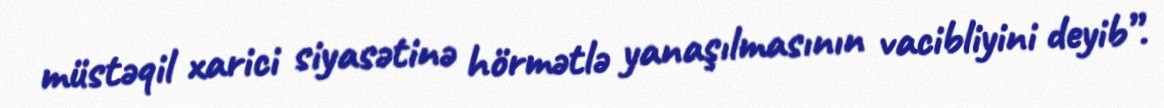
müstəqil xarici siyasətinə hörmətlə yanaşılmasının vacibliyini deyib”.